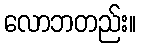
လောဘတည်း။